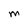
Character: M